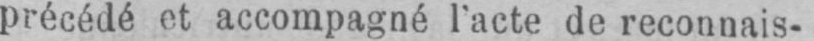
précédé et accompagné l’acte de reconnais-